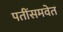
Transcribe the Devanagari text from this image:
पतींसमवेत